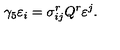
\gamma _ { 5 } \varepsilon _ { i } = \sigma _ { i j } ^ { r } Q ^ { r } \varepsilon ^ { j } .